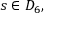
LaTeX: s \in D _ { 6 } ,